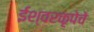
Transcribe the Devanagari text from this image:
ईश्वरकृपेचे